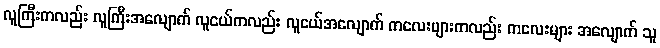
လူကြီးကလည်း လူကြီးအလျောက် လူငယ်ကလည်း လူငယ်အလျောက် ကလေးများကလည်း ကလေးများ အလျောက် သူ